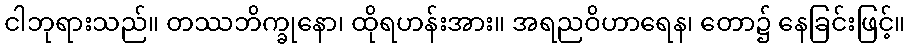
ငါဘုရားသည်။ တဿဘိက္ခုနော၊ ထိုရဟန်းအား။ အရညဝိဟာရေန၊ တော၌ နေခြင်းဖြင့်။